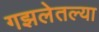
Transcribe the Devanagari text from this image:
गझलेतल्या